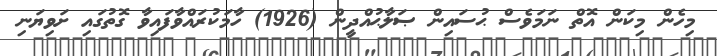
މިހެން މިކަން އޮތް ނަމަވެސް ޙުސައިން ޞަލާޙުއްދީން (1926) ހާމަކުރައްވާފައިވާ ގޮތުގައި ށަވިޔަނި